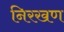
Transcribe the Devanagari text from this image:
निरखण